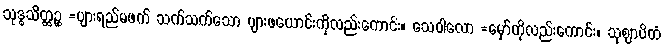
သုဒ္ဓသိတ္ထဉ္စ =ပျားရည်မဖက် သက်သက်သော ပျားဖယောင်းကိုလည်းကောင်း။ သေဝါလော =မှော်ကိုလည်းကောင်း။ သုဈာပိတံ